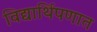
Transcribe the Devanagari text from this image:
विद्यार्थिपणात